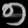
Digit: ၅